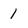
Character: 1